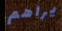
يراهم